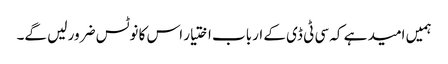
ہمیں امید ہے کہ سی ٹی ڈی کے ارباب اختیار اس کا نوٹس ضرور لیں گے۔